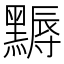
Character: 𪑾